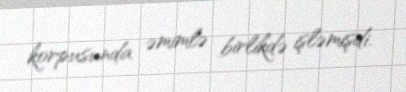
korpusunda əmimlə birlikdə işləmişdi.